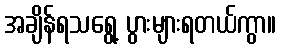
အချိန်ရသရွေ့ ပွားများရတယ်ကွာ။